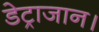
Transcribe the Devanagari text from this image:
डेट्राजान।